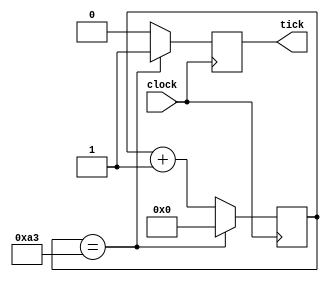
`timescale 1ns / 1ps
//////////////////////////////////////////////////////////////////////////////////
// Company: 
// Engineer: 
// 
// Design Name: 
// Module Name:    Baut_Rate_Generator 
// Project Name: 
// Target Devices: 
// Tool versions: 
// Description: 
//
// Dependencies: 
//
// Revision: 
// Revision 0.01 - File Created
// Additional Comments: 
//
//////////////////////////////////////////////////////////////////////////////////
module Baut_Rate_Generator
(clock, tick);

	// Entrada
	input clock;
	
	// Salida
	output reg tick = 0;
	
	// Variables internas
	reg [8:0] cont=0;
	
	// Logica secuencial
	always@(posedge clock)
	begin
		if(cont == 163) begin
			tick = 1; // se cambia estado de pulso, y reinicia cont
			cont = 0; end
		else begin
			cont = cont + 1; // sigue contando
			tick = 0;end
	end


endmodule